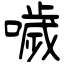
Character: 噦